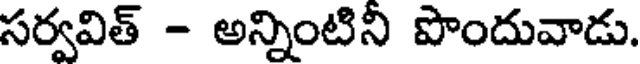
సర్వవిత్ - అన్నింటిని పొందువాడు.